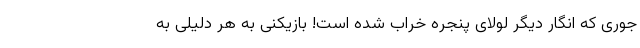
جوری که انگار دیگر لولای پنجره خراب شده است! بازیکنی به هر دلیلی به